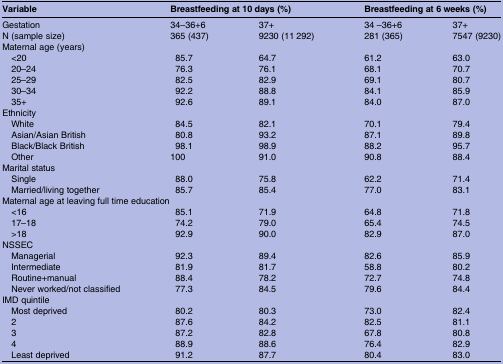
| Variable | <COLSPAN=2> Breastfeeding at 10 days (%) | <COLSPAN=2> Breastfeeding at 6 weeks (%) |
 | --- | --- | --- | --- | --- |
 | Gestation | 34–36+6 | 37+ | 34 –36+6 | 37+ |
 | N (sample size) | 365 (437) | 9230 (11 292) | 281 (365) | 7547 (9230) |
 | <COLSPAN=5> Maternal age (years) |
 | <20 | 85.7 | 64.7 | 61.2 | 63.0 |
 | 20–24 | 76.3 | 76.1 | 68.1 | 70.7 |
 | 25–29 | 82.5 | 82.9 | 69.1 | 80.7 |
 | 30–34 | 92.2 | 88.8 | 84.1 | 85.9 |
 | 35+ | 92.6 | 89.1 | 84.0 | 87.0 |
 | <COLSPAN=5> Ethnicity |
 | White | 84.5 | 82.1 | 70.1 | 79.4 |
 | Asian/Asian British | 80.8 | 93.2 | 87.1 | 89.8 |
 | Black/Black British | 98.1 | 98.9 | 88.2 | 95.7 |
 | Other | 100 | 91.0 | 90.8 | 88.4 |
 | <COLSPAN=5> Marital status |
 | Single | 88.0 | 75.8 | 62.2 | 71.4 |
 | Married/living together | 85.7 | 85.4 | 77.0 | 83.1 |
 | <COLSPAN=5> Maternal age at leaving full time education |
 | <16 | 85.1 | 71.9 | 64.8 | 71.8 |
 | 17–18 | 74.2 | 79.0 | 65.4 | 74.5 |
 | >18 | 92.9 | 90.0 | 82.9 | 87.0 |
 | <COLSPAN=5> NSSEC |
 | Managerial | 92.3 | 89.4 | 82.6 | 85.9 |
 | Intermediate | 81.9 | 81.7 | 58.8 | 80.2 |
 | Routine+manual | 88.4 | 78.2 | 72.7 | 74.8 |
 | Never worked/not classified | 77.3 | 84.5 | 79.6 | 84.4 |
 | <COLSPAN=5> IMD quintile |
 | Most deprived | 80.2 | 80.3 | 73.0 | 82.4 |
 | 2 | 87.6 | 84.2 | 82.5 | 81.1 |
 | 3 | 87.2 | 82.8 | 67.8 | 80.8 |
 | 4 | 88.9 | 88.6 | 76.4 | 82.9 |
 | Least deprived | 91.2 | 87.7 | 80.4 | 83.0 |